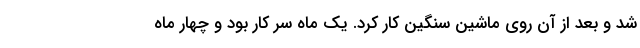
شد و بعد از آن روی ماشین سنگین کار کرد. یک ماه سر کار بود و چهار ماه